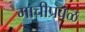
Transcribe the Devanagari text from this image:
माचीप्रबळ